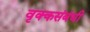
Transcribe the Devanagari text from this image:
वृक्कसंबंधी